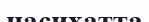
насихатта